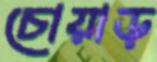
চোয়াড়